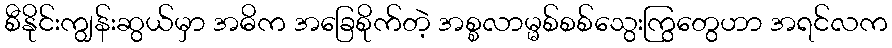
စီနိုင်းကျွန်းဆွယ်မှာ အဓိက အခြေစိုက်တဲ့ အစ္စလာမ္မစ်စစ်သွေးကြွတွေဟာ အရင်လက